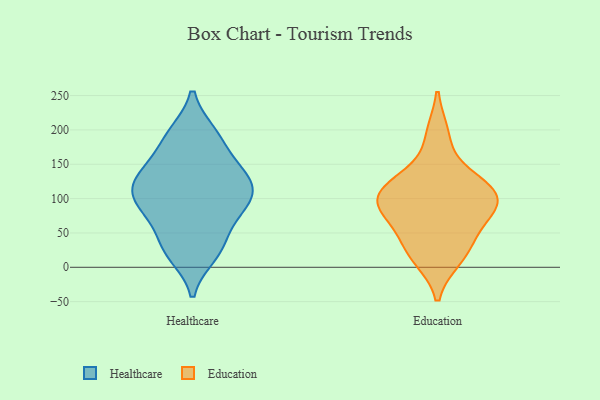
{"axis": {"x": "Conversion Rate (%)", "y": "Value"}, "legend": ["Education", "Healthcare"], "data": [{"x": "", "y": 73, "type": "Healthcare"}, {"x": "", "y": 25, "type": "Healthcare"}, {"x": "", "y": 18, "type": "Healthcare"}, {"x": "", "y": 145, "type": "Healthcare"}, {"x": "", "y": 194, "type": "Healthcare"}, {"x": "", "y": 127, "type": "Healthcare"}, {"x": "", "y": 132, "type": "Healthcare"}, {"x": "", "y": 82, "type": "Healthcare"}, {"x": "", "y": 195, "type": "Healthcare"}, {"x": "", "y": 109, "type": "Healthcare"}, {"x": "", "y": 165, "type": "Healthcare"}, {"x": "", "y": 86, "type": "Healthcare"}, {"x": "", "y": 109, "type": "Healthcare"}, {"x": "", "y": 38, "type": "Healthcare"}, {"x": "", "y": 114, "type": "Healthcare"}, {"x": "", "y": 45, "type": "Education"}, {"x": "", "y": 193, "type": "Education"}, {"x": "", "y": 117, "type": "Education"}, {"x": "", "y": 95, "type": "Education"}, {"x": "", "y": 74, "type": "Education"}, {"x": "", "y": 23, "type": "Education"}, {"x": "", "y": 91, "type": "Education"}, {"x": "", "y": 91, "type": "Education"}, {"x": "", "y": 14, "type": "Education"}, {"x": "", "y": 114, "type": "Education"}, {"x": "", "y": 130, "type": "Education"}]}